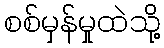
စစ်မှန်မှုထဲသို့